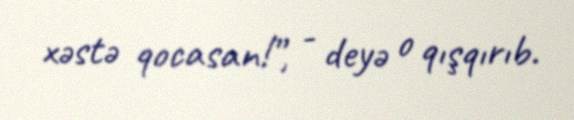
xəstə qocasan!”, - deyə o qışqırıb.